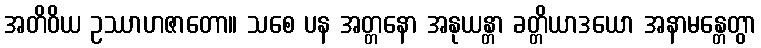
အတိဝိယ ဥဿာဟဇာတော။ သစေ ပန အတ္တနော အနုယန္တာ ခတ္တိယာဒယော အနာမန္တေတွာ